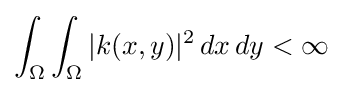
\int _{\Omega }\int _{\Omega }|k(x,y)|^{2}\,dx\,dy<\infty